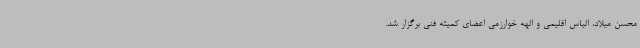
محسن میلاد، الیاس اقلیمی و الهه خوارزمی اعضای کمیته فنی برگزار شد.